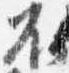
不